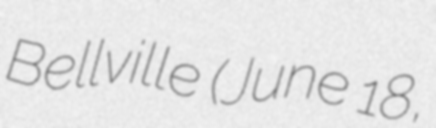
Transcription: Bellville (June 18,